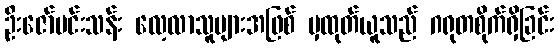
ဦးဇော်မင်းသန်း လေ့လာသူများအဖြစ် မှထုတ်ယူသည် ဂရုတစိုက်ရှိခြင်း